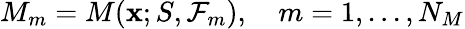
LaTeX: M_{m}=M(\mathbf{x};S,\mathcal{F}_{m}),\quad m=1,...,N_{M}